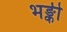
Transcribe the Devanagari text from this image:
भङ्की